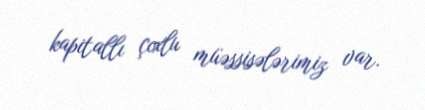
kapitallı çoxlu müəssisələrimiz var.